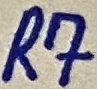
Text: R7